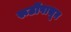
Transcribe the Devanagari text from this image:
रूढींपासून